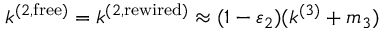
k ^ { ( 2 , \mathrm { f r e e } ) } = k ^ { ( 2 , \mathrm { r e w i r e d } ) } \approx ( 1 - \varepsilon _ { 2 } ) ( k ^ { ( 3 ) } + m _ { 3 } )